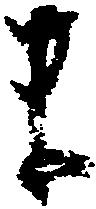
ま